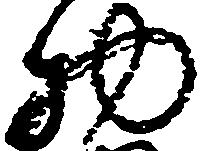
物